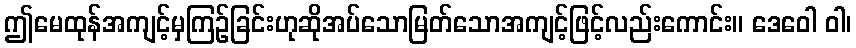
ဤမေထုန်အကျင့်မှကြဉ်ခြင်းဟုဆိုအပ်သောမြတ်သောအကျင့်ဖြင့်လည်းကောင်း။ ဒေဝေါ ဝါ၊